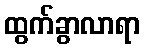
ထွက်ခွာလာရာ